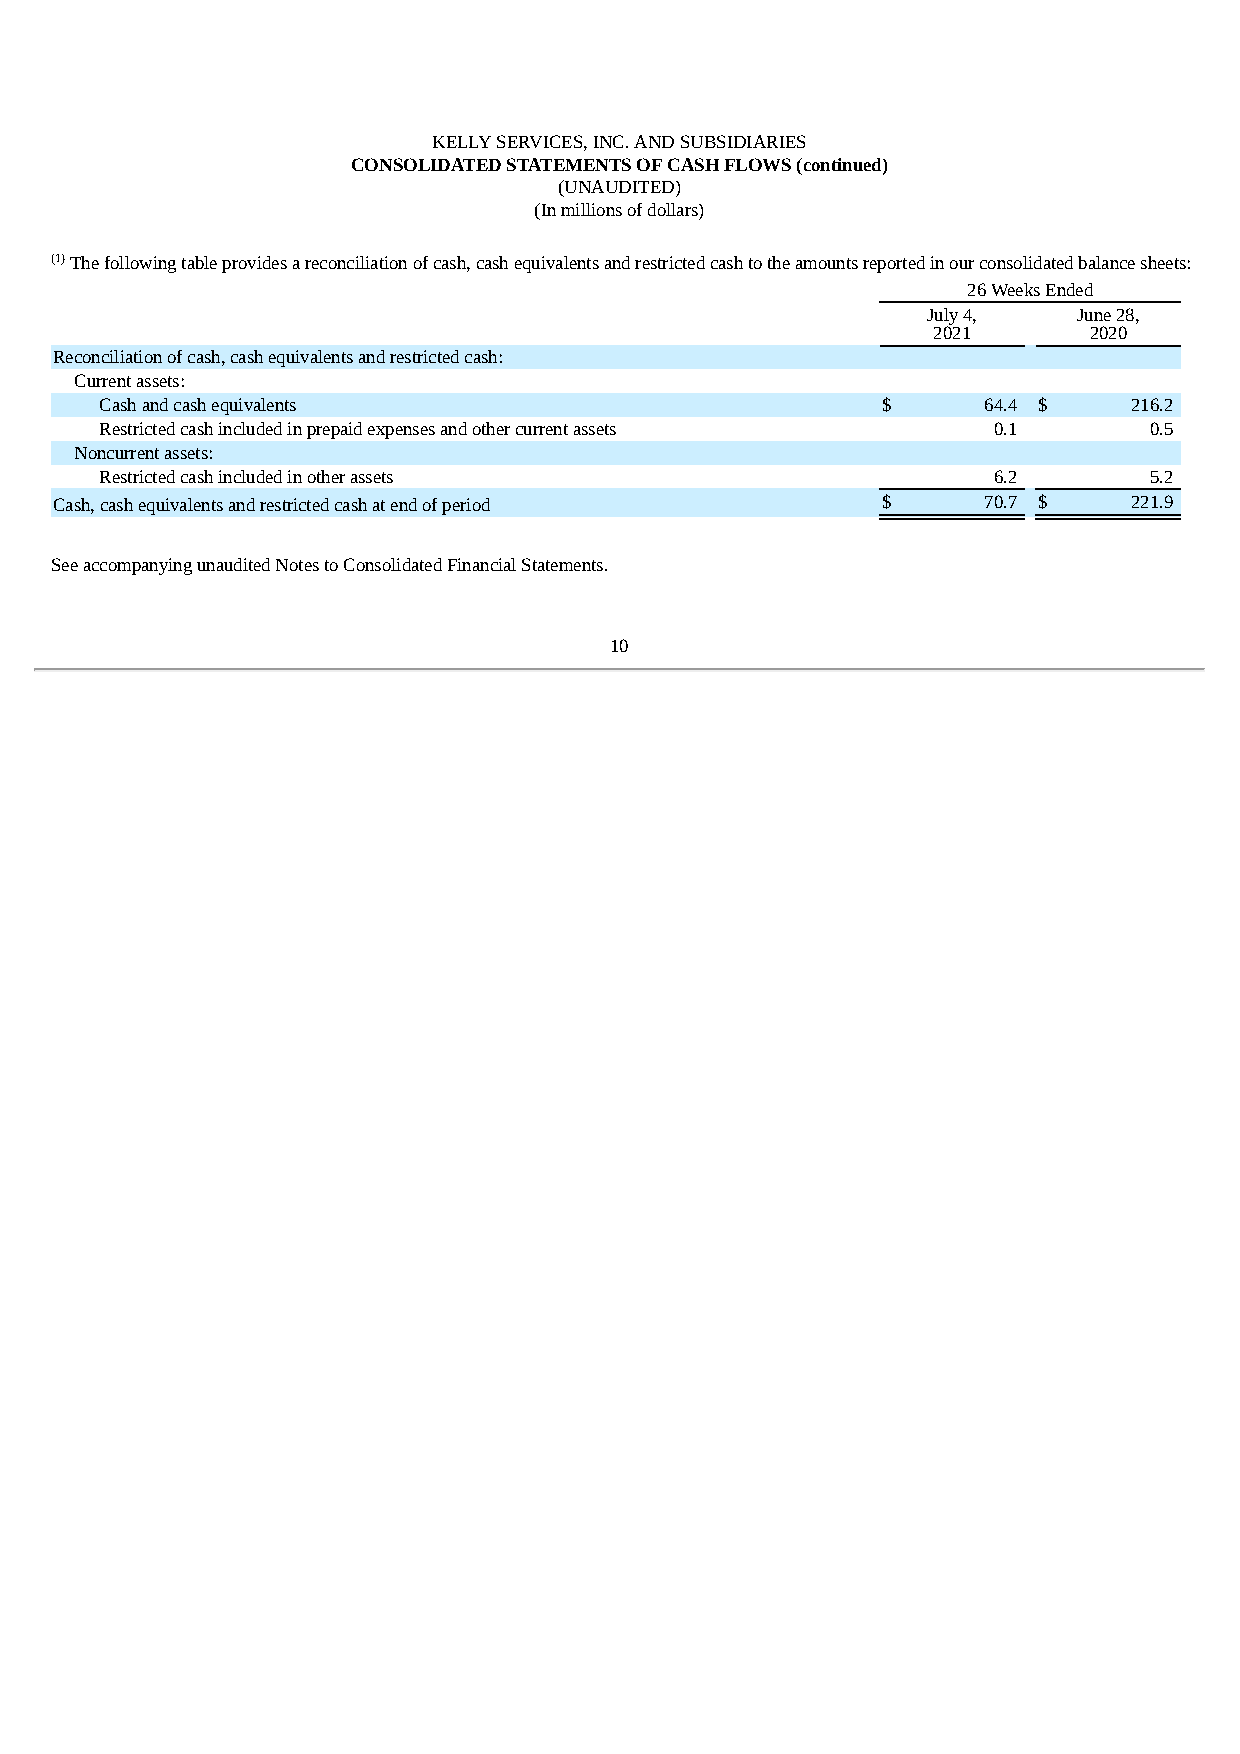
KELLY SERVICES, INC. AND SUBSIDIARIES
 CONSOLIDATED STATEMENTS OF CASH FLOWS (continued)
 (UNAUDITED)
 (In millions of dollars)
 (1) The following table provides a reconciliation of cash, cash equivalents and restricted cash to the amounts reported in our consolidated balance sheets:
 26 Weeks Ended
 July 4,   June 28,
 2021      2020
 Reconciliation of cash, cash equivalents and restricted cash:
 Current assets:
 Cash and cash equivalents                          $      64.4 $    216.2
 Restricted cash included in prepaid expenses and other current assets 0.1 0.5
 Noncurrent assets:
 Restricted cash included in other assets                   6.2       5.2
 Cash, cash equivalents and restricted cash at end of period $ 70.7 $   221.9
 See accompanying unaudited Notes to Consolidated Financial Statements.
 10